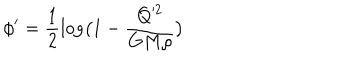
\phi ^ { \prime } = \frac { 1 } { 2 } \log \bigl ( 1 - \frac { Q ^ { 2 } } { G M \rho } \bigr )